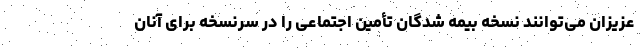
عزیزان می‌توانند نسخه بیمه شدگان تأمین اجتماعی را در سرنسخه برای آنان